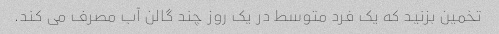
تخمین بزنید که یک فرد متوسط در یک روز چند گالن آب مصرف می کند.